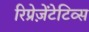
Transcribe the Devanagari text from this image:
रिप्रेज़ेंटेटिव्स